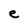
Character: e